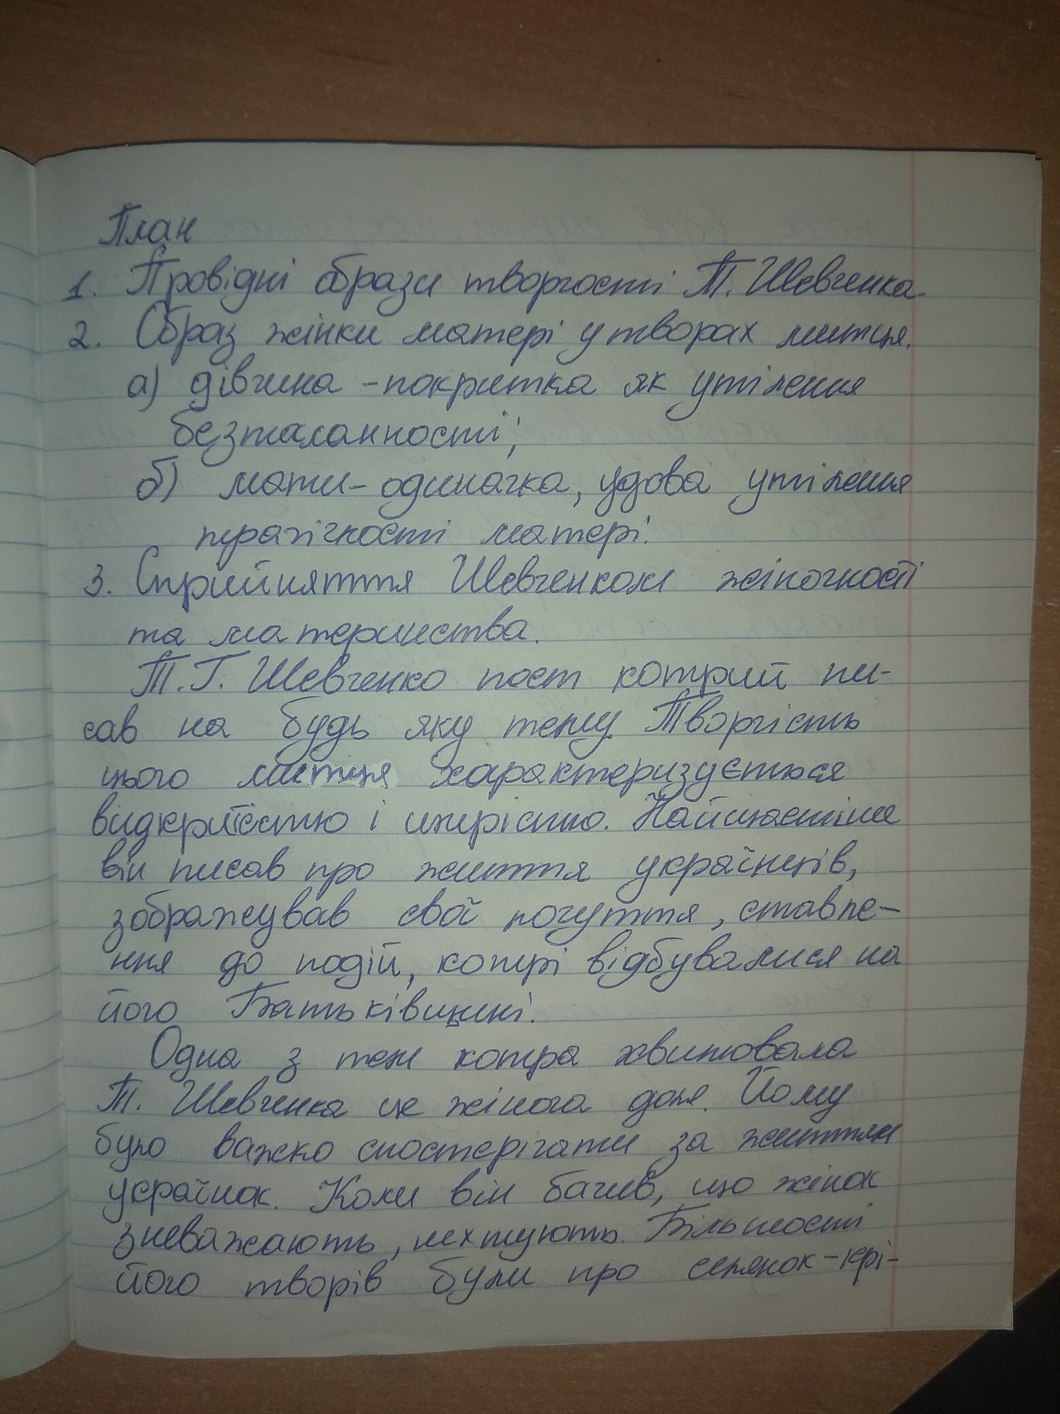
План
1. Провідні образи творчості Т. Шевченка.
2. Образ жінки матері у творах митця.
а) дівчина-покритка як утілення
безталанності;
б) мати-одиначка, удова утілення
трагічності матері.
3. Сприйняття Шевченком жіночості
та материнства.
Т. Г. Шевченко поет котрий пи-
сав на будь яку тему. Творчість
цього митця характеризується
видкритистю і щирістю. Найщастіше
він писав про життя українців,
зображував свої почуття, ставле-
ння до подій, котрі відбувалися на
його Батьківщині.
Одна з тем котра хвилювала
Т. Шевченка це жіноча доля. Йому
було важко спостерігати за життям
українок. Коли він бачив, що жінок
зневажають, нехтують. Більшості
його творів були про селянок-крі-